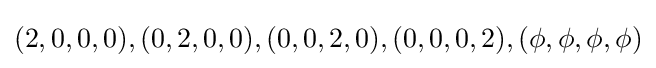
(2,0,0,0),(0,2,0,0),(0,0,2,0),(0,0,0,2),(\phi ,\phi ,\phi ,\phi )